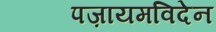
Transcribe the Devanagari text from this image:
पज़ायमविदेन